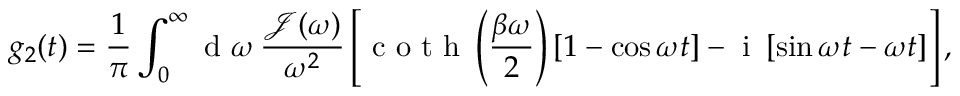
g _ { 2 } ( t ) = \frac { 1 } { \pi } \int _ { 0 } ^ { \infty } \textrm { d } \omega \, \frac { \mathscr { J } ( \omega ) } { \omega ^ { 2 } } \left[ \textrm { c o t h } \left( \frac { \beta \omega } { 2 } \right) \left[ 1 - \cos { \omega t } \right] - \textrm { i } \left[ \sin { \omega t } - \omega t \right] \right] ,